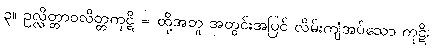
၃။ ဥလ္လိတ္တာဝလိတ္တကုဋိ = ထို့အတူ အတွင်းအပြင် လိမ်းကျံအပ်သော ကုဋိ၊